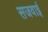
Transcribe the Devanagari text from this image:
सजवाई